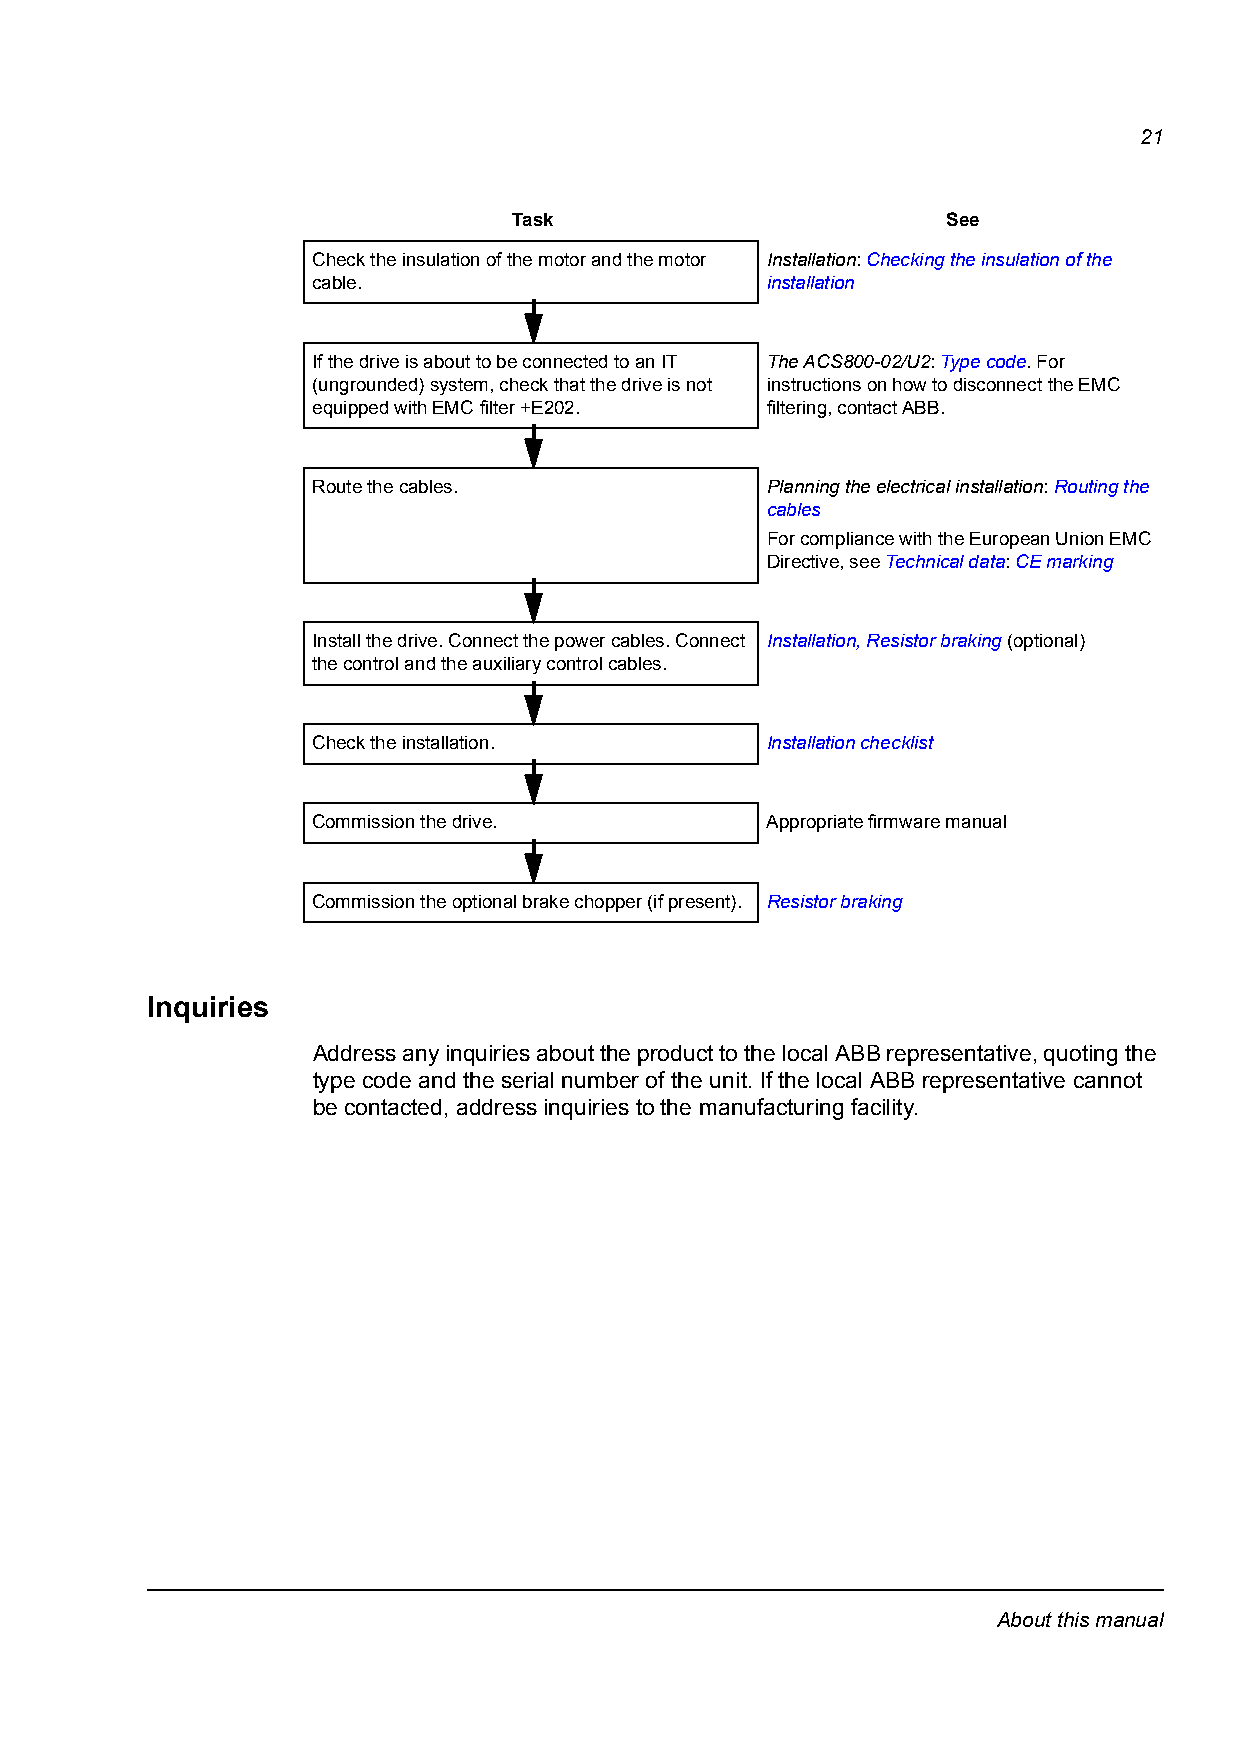
21
 Task                         See
 Check the insulation of the motor and the motor Installation: Checking the insulation of the
 cable.                        installation
 If the drive is about to be connected to an IT The ACS800-02/U2: Type code. For
 (ungrounded) system, check that the drive is not instructions on how to disconnect the EMC
 equipped with EMC filter +E202. filtering, contact ABB.
 Route the cables.             Planning the electrical installation: Routing the
 cables
 For compliance with the European Union EMC
 Directive, see Technical data: CE marking
 Install the drive. Connect the power cables. Connect Installation, Resistor braking (optional)
 the control and the auxiliary control cables.
 Check the installation.       Installation checklist
 Commission the drive.         Appropriate firmware manual
 Commission the optional brake chopper (if present). Resistor braking
 Inquiries
 Address any inquiries about the product to the local ABB representative, quoting the
 type code and the serial number of the unit. If the local ABB representative cannot
 be contacted, address inquiries to the manufacturing facility.
 About this manual